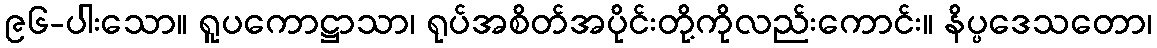
၉၆-ပါးသော။ ရူပကောဋ္ဌာသာ၊ ရုပ်အစိတ်အပိုင်းတို့ကိုလည်းကောင်း။ နိပ္ပဒေသတော၊